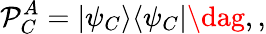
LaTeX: \mathcal{P}_{C}^{A}=\vert\psi_{C}\rangle\langle\psi_{C}\vert\dag,,